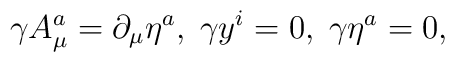
\gamma A_{\mu }^{a}=\partial _{\mu }\eta ^{a},\;\gamma y^{i}=0,\;\gamma \eta^{a}=0,